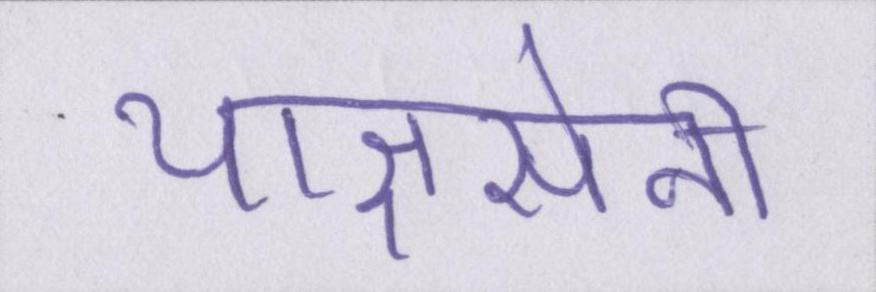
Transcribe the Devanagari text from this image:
याज्ञसेनी